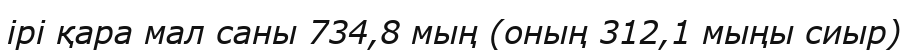
ірі қара мал саны 734,8 мың (оның 312,1 мыңы сиыр)